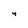
Character: 4